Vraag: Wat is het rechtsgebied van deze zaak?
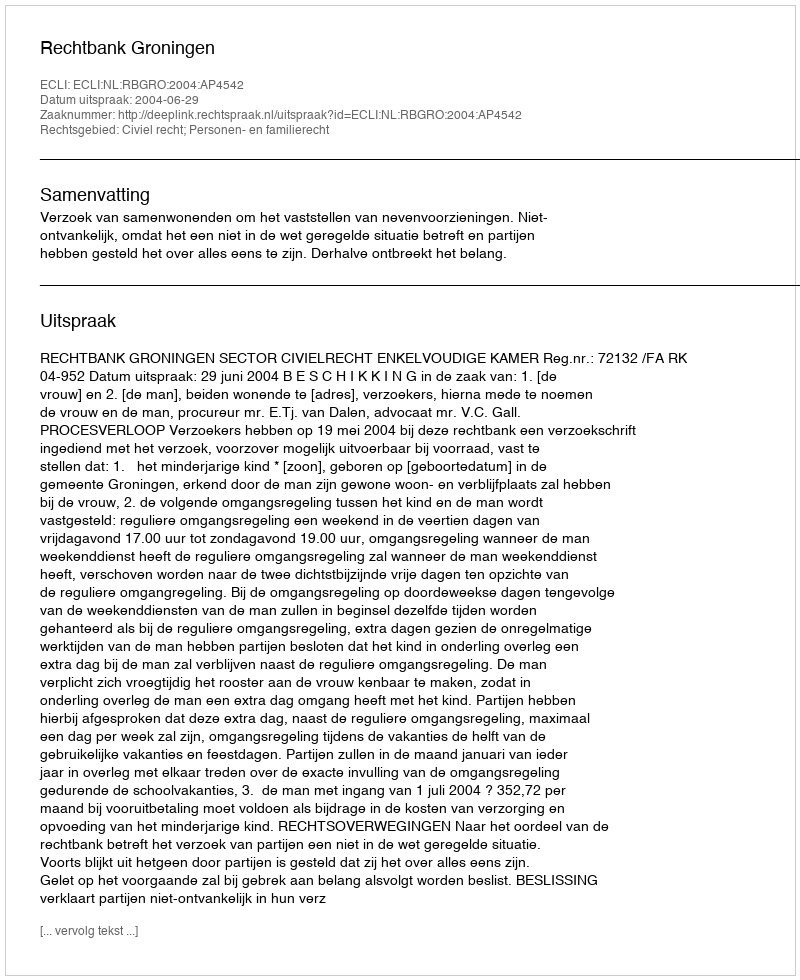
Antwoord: Civiel recht; Personen- en familierecht